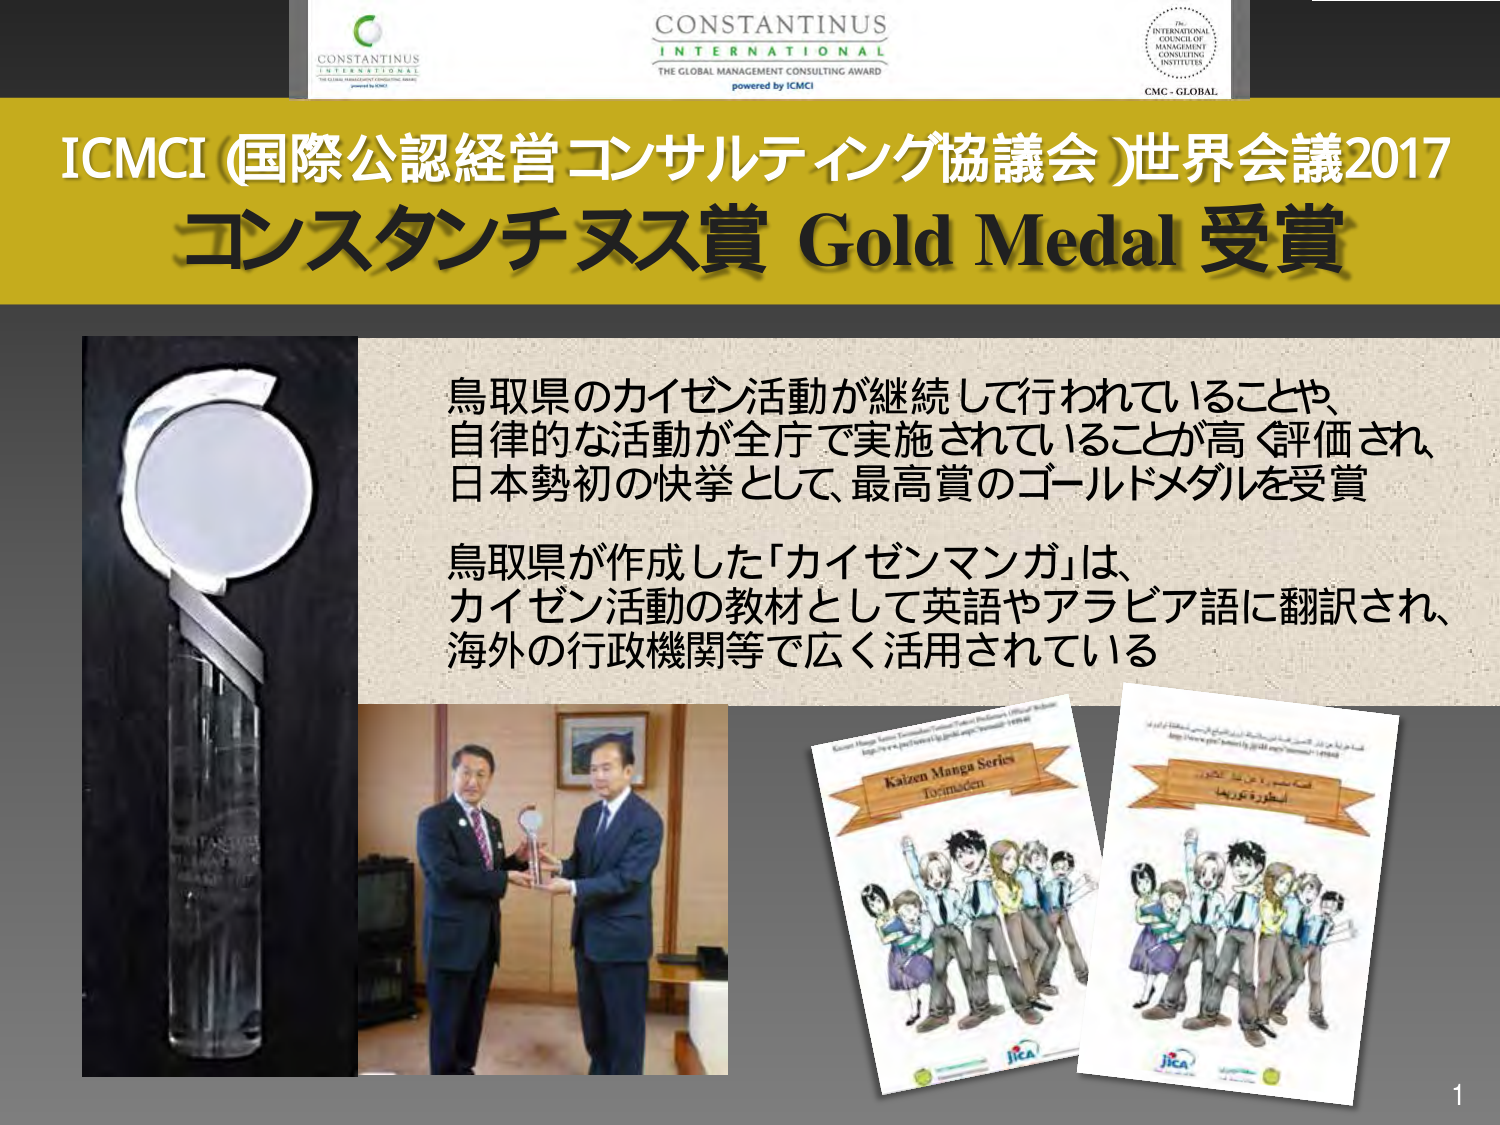
ICMCI (国際公認経営コンサルティング協議会)世界会議2017
コンスタンチヌス賞 Gold Medal 受賞

CONSTANTINUS
INTERNATIONAL
THE GLOBAL MANAGEMENT CONSULTING AWARD
powered by ICMCI

THE INTERNATIONAL COUNCIL OF MANAGEMENT CONSULTING INSTITUTES
CMC - GLOBAL

鳥取県のカイゼン活動が継続して行われていることや、
自律的な活動が全庁で実施されていることが高く評価され、
日本勢初の快挙として、最高賞のゴールドメダルを受賞

鳥取県が作成した「カイゼンマンガ」は、
カイゼン活動の教材として英語やアラビア語に翻訳され、
海外の行政機関等で広く活用されている

Kaizen Manga Series
Tuyimaden

JICA

أسطورة توريدا
قصة مصورة عن مبدأ التكوير
http://www.jica.go.jp/...

1